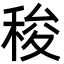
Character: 稄